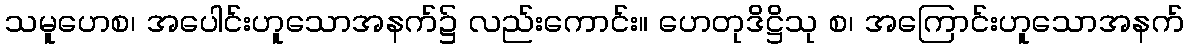
သမူဟေစ၊ အပေါင်းဟူသောအနက်၌ လည်းကောင်း။ ဟေတုဒိဋ္ဌိသု စ၊ အကြောင်းဟူသောအနက်